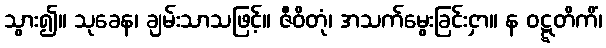
သွား၍။ သုခေန၊ ချမ်းသာသဖြင့်။ ဇီဝိတုံ၊ အသက်မွေးခြင်းငှာ။ န ဝဋ္ဋတိကိံ၊